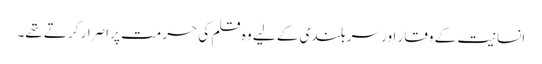
انسانیت کے وقار اور سربلندی کے لیے وہ قلم کی حرمت پر اصرار کرتے تھے۔